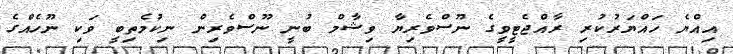
އިއްޔެ ހައްޔަރުކުރި ރާއްޖެޓީވީގެ ނޫސްވެރިޔާ ވިޝާމް ބުނީ ނޫސްވެރިން ނިކުމެތިބީ ވަކި ނޫހެއްގެ